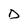
Character: D